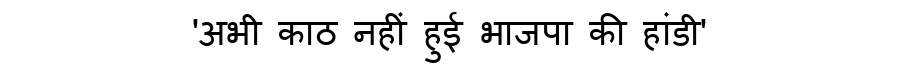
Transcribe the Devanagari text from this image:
'अभी काठ नहीं हुई भाजपा की हांडी'